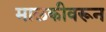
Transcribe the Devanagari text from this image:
मालकीवरून